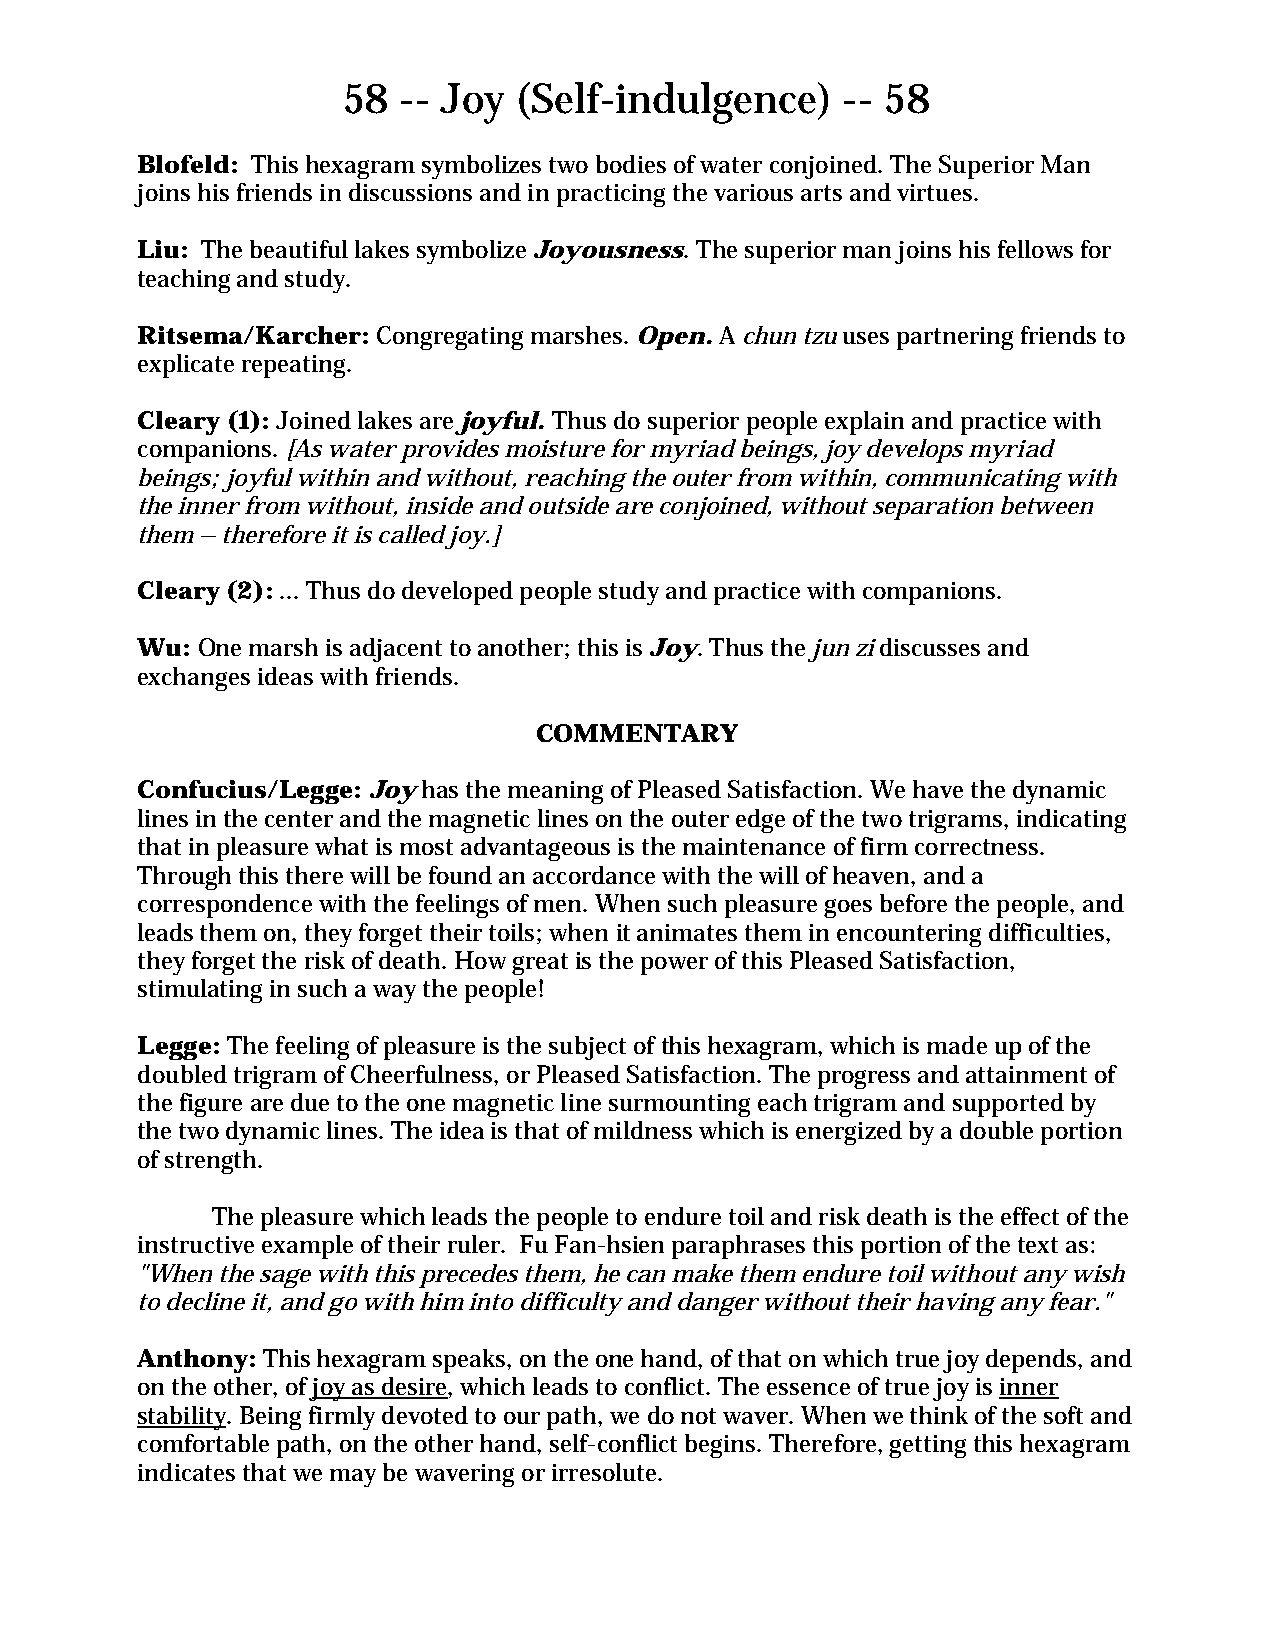
58 -- Joy  (Self-indulgence)     -- 58
 Blofeld: This hexagram symbolizes two bodies of water conjoined. The Superior Man
 joins his friends in discussions and in practicing the various arts and virtues.
 Liu: The beautiful lakes symbolize Joyousness. The superior man joins his fellows for
 teaching and study.
 Ritsema/Karcher: Congregating marshes. Open. A chun tzu uses partnering friends to
 explicate repeating.
 Cleary (1): Joined lakes are joyful. Thus do superior people explain and practice with
 companions. [As water provides moisture for myriad beings, joy develops myriad
 beings; joyful within and without, reaching the outer from within, communicating with
 the inner from without, inside and outside are conjoined, without separation between
 them – therefore it is called joy.]
 Cleary (2): ... Thus do developed people study and practice with companions.
 Wu: One marsh is adjacent to another; this is Joy. Thus the jun zi discusses and
 exchanges ideas with friends.
 COMMENTARY
 Confucius/Legge: Joy has the meaning of Pleased Satisfaction. We have the dynamic
 lines in the center and the magnetic lines on the outer edge of the two trigrams, indicating
 that in pleasure what is most advantageous is the maintenance of firm correctness.
 Through this there will be found an accordance with the will of heaven, and a
 correspondence with the feelings of men. When such pleasure goes before the people, and
 leads them on, they forget their toils; when it animates them in encountering difficulties,
 they forget the risk of death. How great is the power of this Pleased Satisfaction,
 stimulating in such a way the people!
 Legge: The feeling of pleasure is the subject of this hexagram, which is made up of the
 doubled trigram of Cheerfulness, or Pleased Satisfaction. The progress and attainment of
 the figure are due to the one magnetic line surmounting each trigram and supported by
 the two dynamic lines. The idea is that of mildness which is energized by a double portion
 of strength.
 The pleasure which leads the people to endure toil and risk death is the effect of the
 instructive example of their ruler. Fu Fan-hsien paraphrases this portion of the text as:
 "When the sage with this precedes them, he can make them endure toil without any wish
 to decline it, and go with him into difficulty and danger without their having any fear."
 Anthony: This hexagram speaks, on the one hand, of that on which true joy depends, and
 on the other, of joy as desire, which leads to conflict. The essence of true joy is inner
 stability. Being firmly devoted to our path, we do not waver. When we think of the soft and
 comfortable path, on the other hand, self-conflict begins. Therefore, getting this hexagram
 indicates that we may be wavering or irresolute.